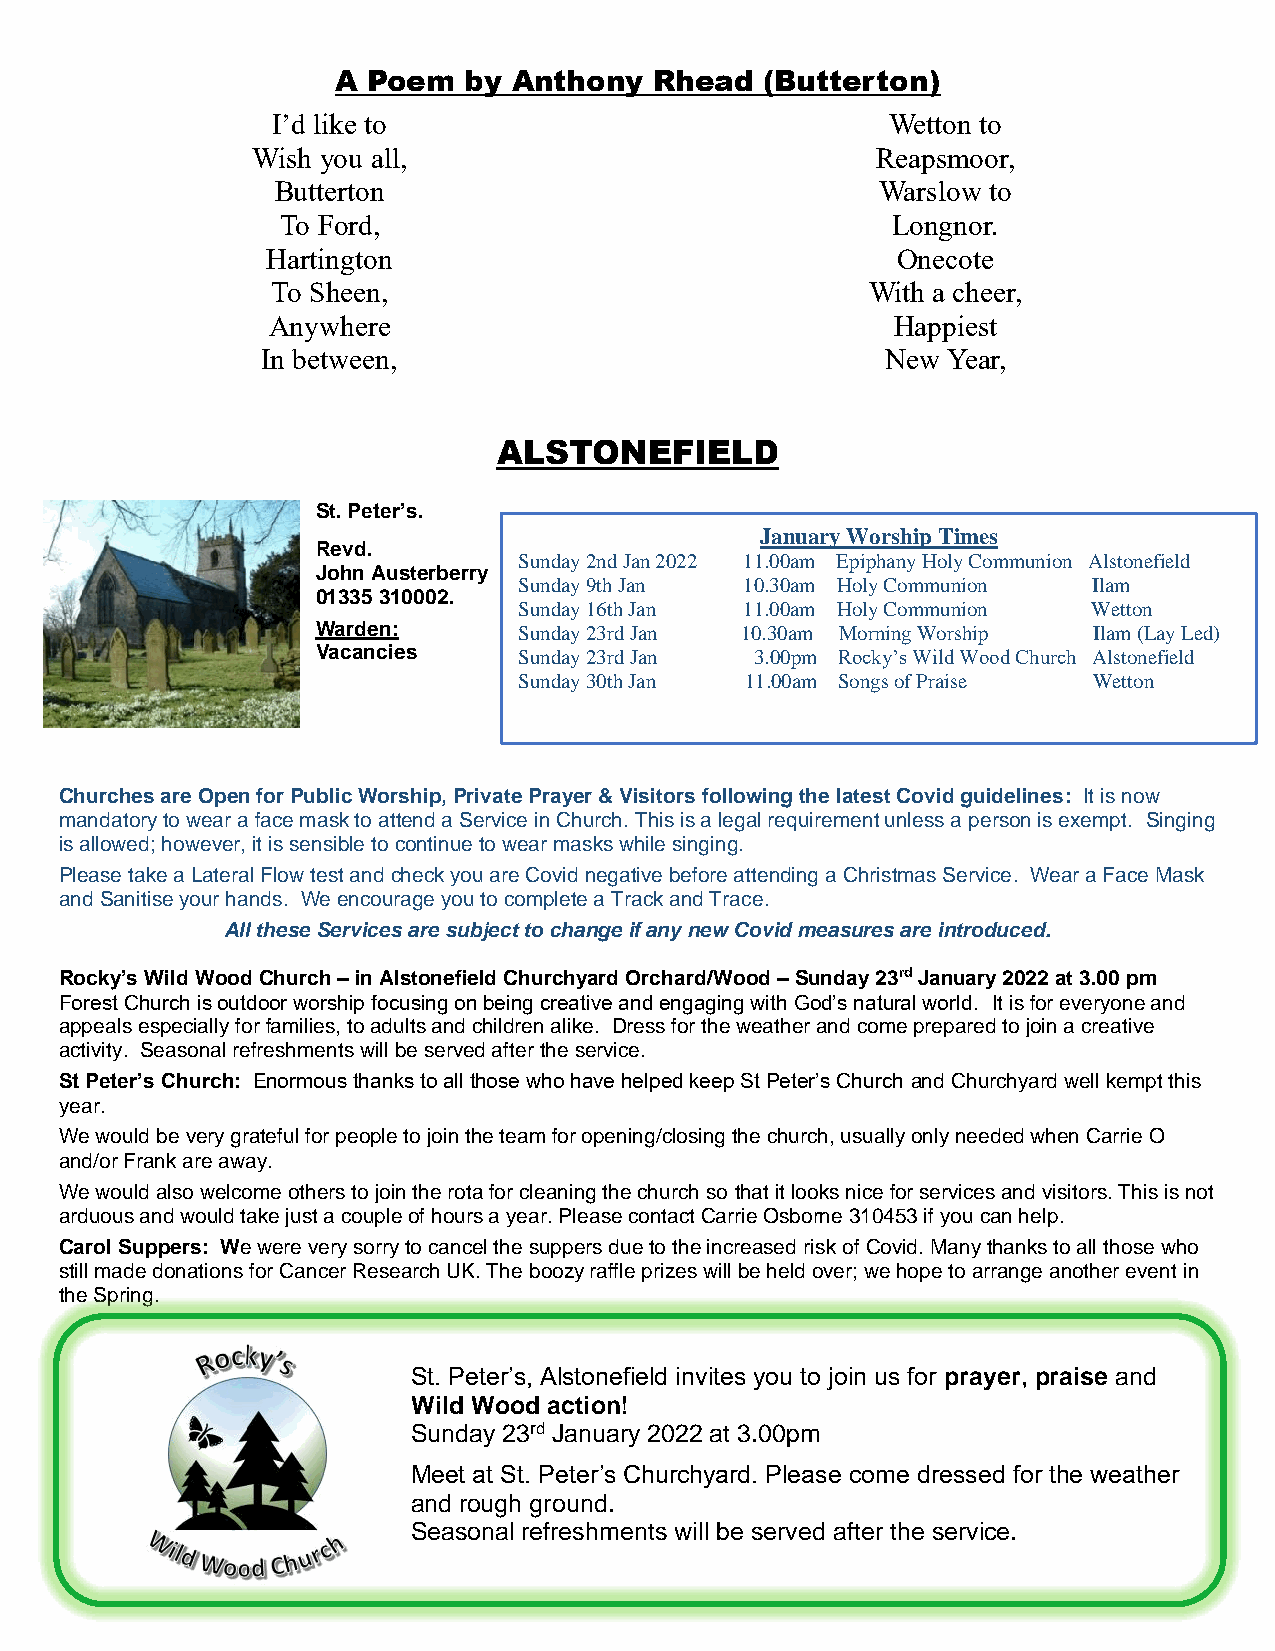
A Poem   by Anthony  Rhead   (Butterton)
 I’d like to                              Wetton to
 Wish you all,                            Reapsmoor,
 Butterton                               Warslow to
 To Ford,                                Longnor.
 Hartington                               Onecote
 To Sheen,                               With a cheer,
 Anywhere                                 Happiest
 In between,                               New Year,
 ALSTONEFIELD
 St. Peter’s.
 January Worship Times
 Revd.
 Sunday 2nd Jan 2022 11.00am Epiphany Holy Communion Alstonefield
 John Austerberry
 Sunday 9th Jan 10.30am Holy Communion Ilam
 01335 310002.
 Sunday 16th Jan 11.00am Holy Communion Wetton
 Warden:      Sunday 23rd Jan 10.30am Morning Worship Ilam (Lay Led)
 Vacancies    Sunday 23rd Jan 3.00pm Rocky’s Wild Wood Church Alstonefield
 Sunday 30th Jan 11.00am Songs of Praise Wetton
 Churches are Open for Public Worship, Private Prayer & Visitors following the latest Covid guidelines: It is now
 mandatory to wear a face mask to attend a Service in Church. This is a legal requirement unless a person is exempt. Singing
 is allowed; however, it is sensible to continue to wear masks while singing.
 Please take a Lateral Flow test and check you are Covid negative before attending a Christmas Service. Wear a Face Mask
 and Sanitise your hands. We encourage you to complete a Track and Trace.
 All these Services are subject to change if any new Covid measures are introduced.
 Rocky’s Wild Wood Church – in Alstonefield Churchyard Orchard/Wood – Sunday 23rd January 2022 at 3.00 pm
 Forest Church is outdoor worship focusing on being creative and engaging with God’s natural world. It is for everyone and
 appeals especially for families, to adults and children alike. Dress for the weather and come prepared to join a creative
 activity. Seasonal refreshments will be served after the service.
 St Peter’s Church: Enormous thanks to all those who have helped keep St Peter’s Church and Churchyard well kempt this
 year.
 We would be very grateful for people to join the team for opening/closing the church, usually only needed when Carrie O
 and/or Frank are away.
 We would also welcome others to join the rota for cleaning the church so that it looks nice for services and visitors. This is not
 arduous and would take just a couple of hours a year. Please contact Carrie Osborne 310453 if you can help.
 Carol Suppers: We were very sorry to cancel the suppers due to the increased risk of Covid. Many thanks to all those who
 still made donations for Cancer Research UK. The boozy raffle prizes will be held over; we hope to arrange another event in
 the Spring.
 St. Peter’s, Alstonefield invites you to join us for prayer, praise and
 Wild Wood action!
 Sunday 23rd January 2022 at 3.00pm
 Meet at St. Peter’s Churchyard. Please come dressed for the weather
 and rough ground.
 Seasonal refreshments will be served after the service.